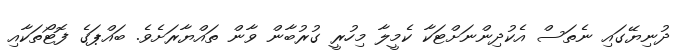
ދުނިޔޭގައި ނެތަސް އެކުދިންނަށްޓަކާ ކެމީލާ މިހުރީ ގުރުބާން ވާން ތައްޔާރަށެވެ. ބައްޕަގެ ފޮޓޯތަކާއި